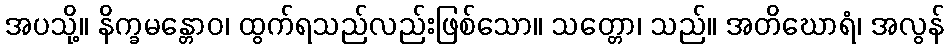
အပသို့။ နိက္ခမန္တောဝ၊ ထွက်ရသည်လည်းဖြစ်သော။ သတ္တော၊ သည်။ အတိဃောရံ၊ အလွန်